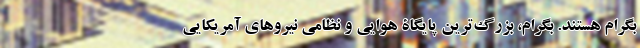
بگرام هستند. بگرام، بزرگ‌ترین پایگاۀ هوایی و نظامی نیروهای آمریکایی